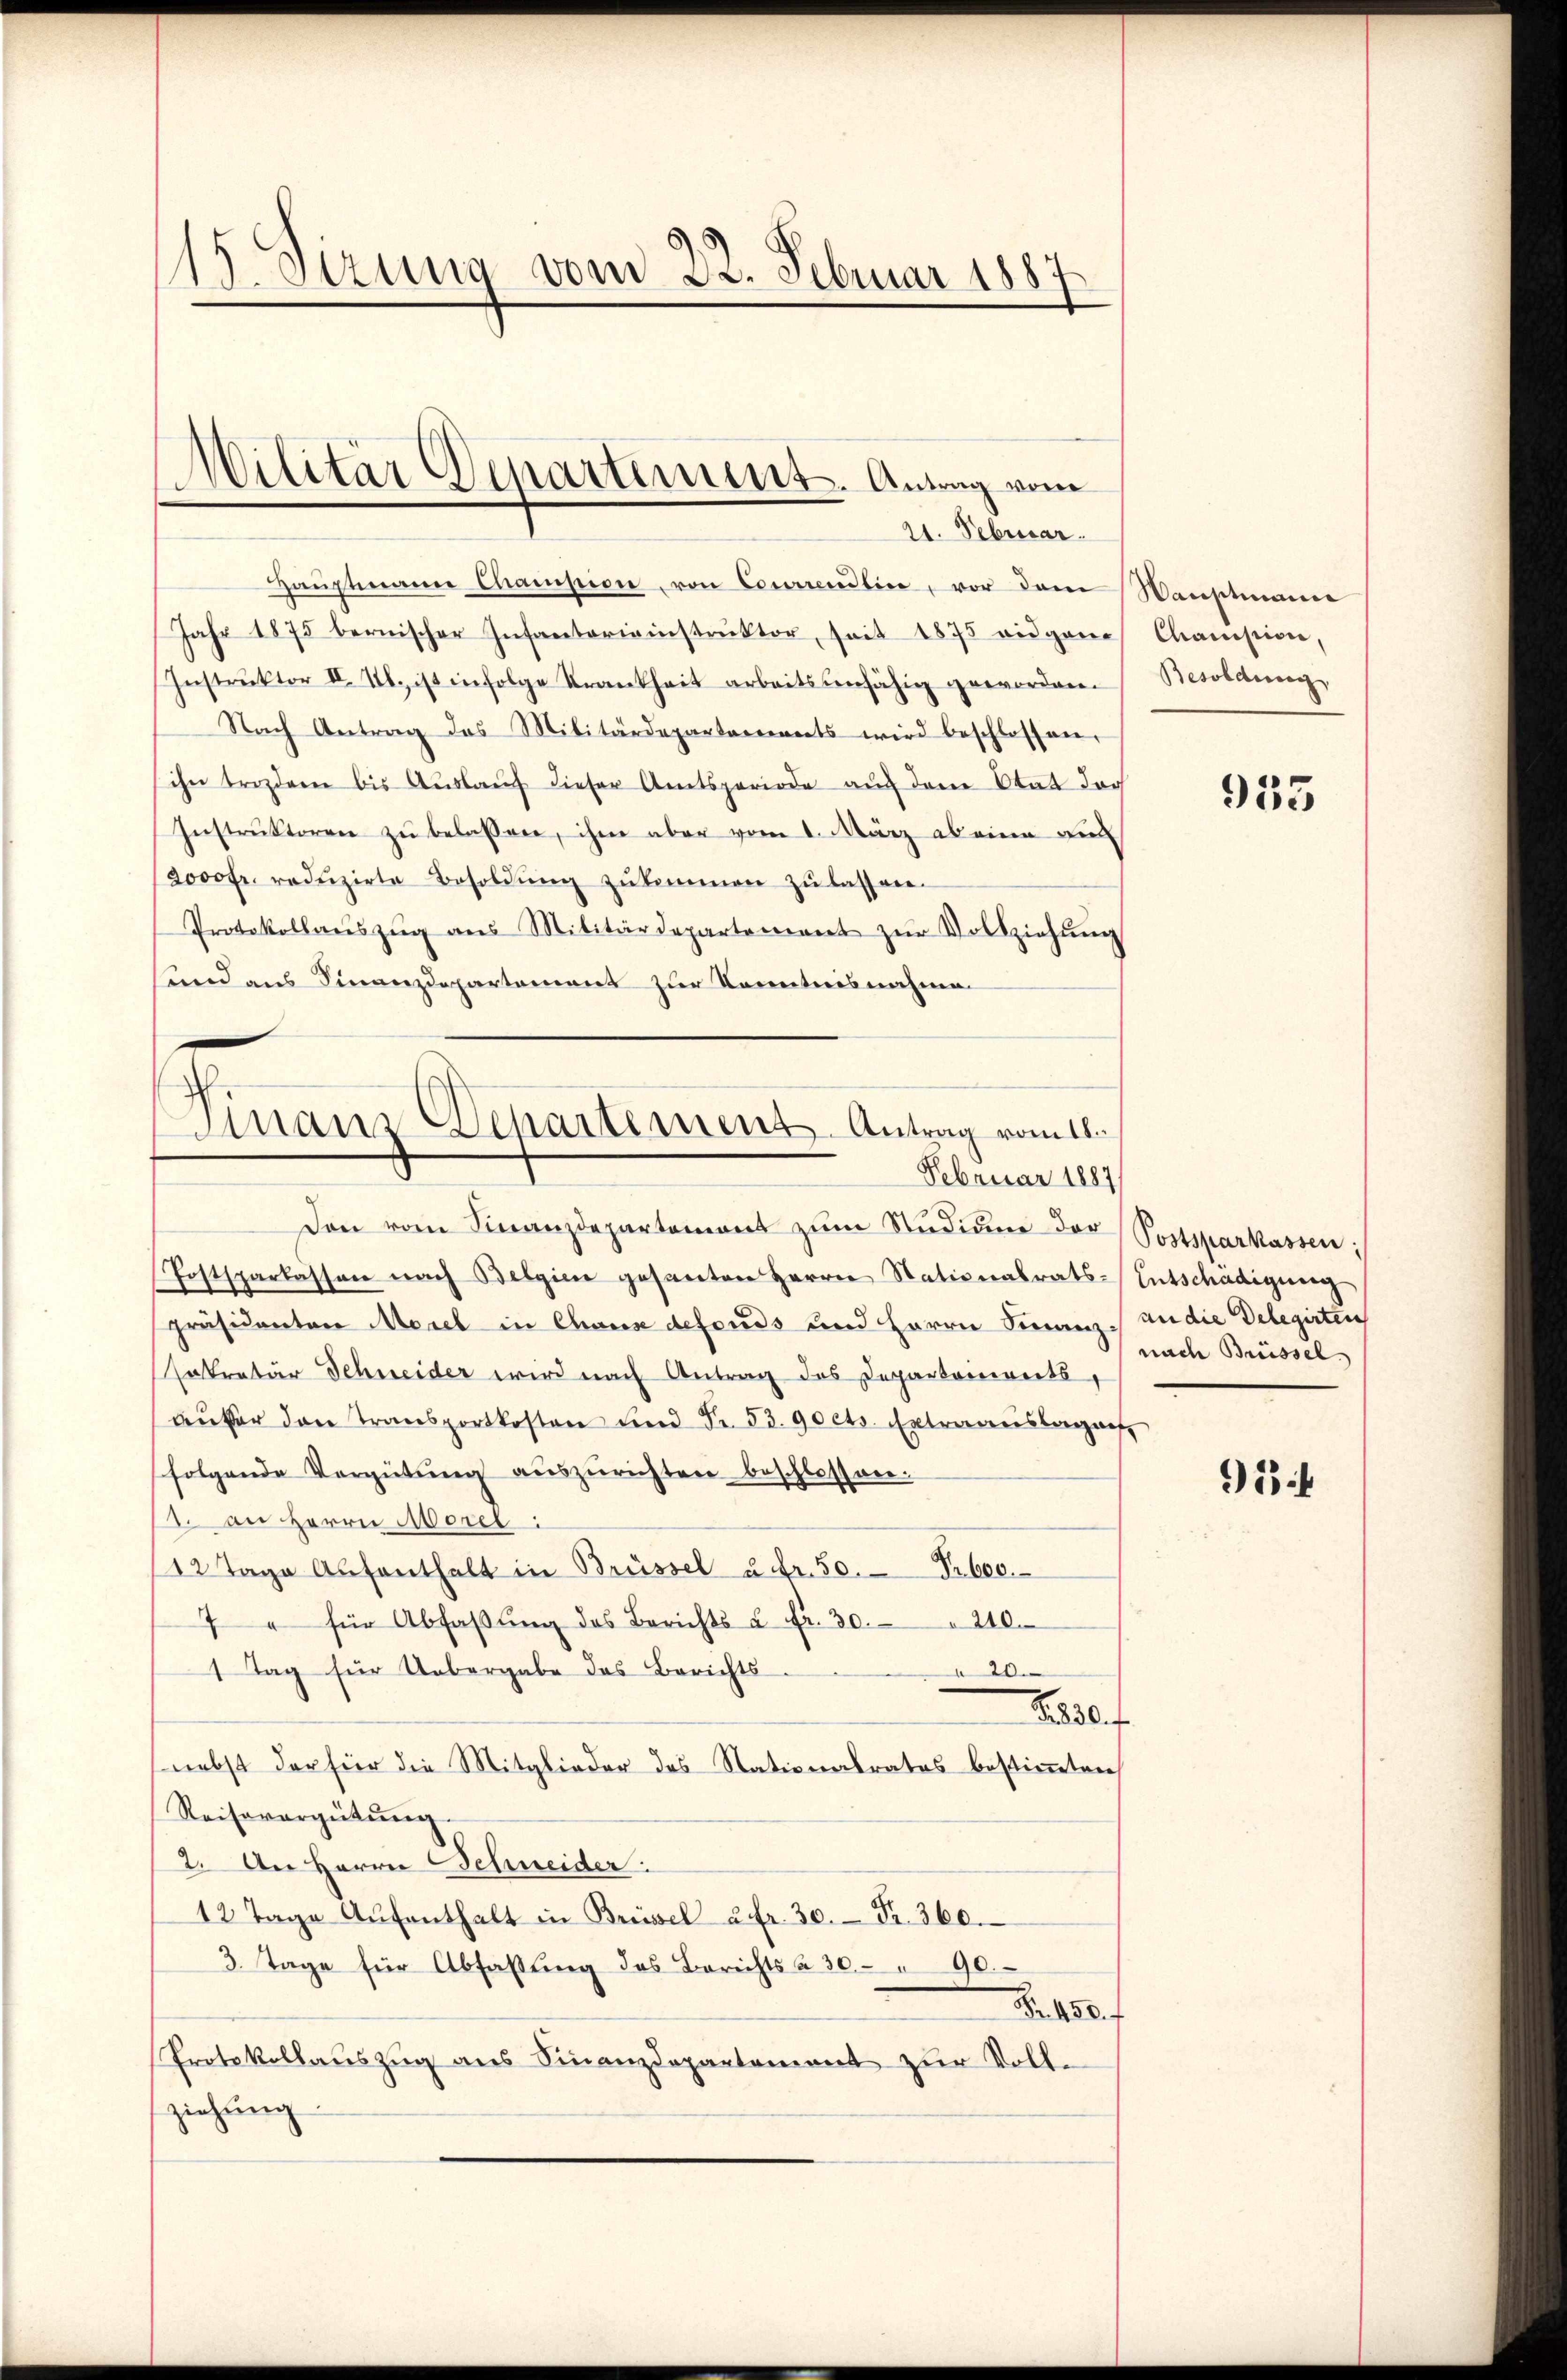
115. Sizung vom 22. Februar 1887

Haŭptmann Champion, von Conventire, vor dem Wanstmanne
Jahr 1875 bernischer Infanterieinstrŭktor, seit 1875 eidgene Chamption,
Instruktor II. Ub. ist infolge Krankheit arbeitstenfähig geworden.
Nach Antrag des Militärdepartements wird beschlossen.
ihn trozdem bis Aŭslaŭf dieser Amtsperiode aŭf dem Etat der
Instrŭktoren zŭ belassen, ihm aber vom 1. März ab eine au
2000 Fr. redŭzirte Besoldŭng zŭkommen zŭ lassen.
Protokollaŭszŭg aŭs Militärdepartement zŭr Vollziehŭng
sund aus Finanzdepartement zur Kenntnisnahme.

Militär Departement. Antrag vom
21. Februar.

Finanz Departement. Antrag vom 16.
Februar 1887

Den vom Finanzdepartement zŭm Studium der Postsparkassen:
Postsparlassen nach Belgien gesanten Herrn Stationalrats-Entschädigung
Präsidenten Morel in Chause defonds und Herrn Finanz an die Delegirten
Enkretär Schneider wird nach Antrag des Departements,
aŭfer den Transportkosten und Fr. 53. 90 cts. Extraauslage
folgende Vergütŭng aŭszŭrichten beschlossen.
s. an Herrn Morel:
12 Tage Aŭfenthalt in Brüssel u. fr. 50. Pr. 600.
7 " für Abfaβŭng des Berichts u. fr. 30. " 240.
1 Tag für Uebergabe das Berichts-
20.
1830. f
nebst der für die Mitglieder des Stationalrates bestimmten
Reisevergütŭng.
2. An Herrn Schneider.
12 Tage Aŭfenthalt in Brüssel 2 fr. 30. Fr. 360.
3. Tage für Abfassung des Berichts a 30 " 90.
Nr. 450. f
Protokollauszug aus Finanzdepartement zur Voll-
ziehŭng

Besoldung

933

nach Brüssel

91